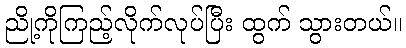
ညို့ကိုကြည့်လိုက်လုပ်ပြီး ထွက် သွားတယ်။